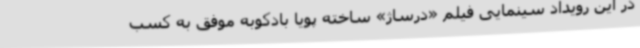
در این رویداد سینمایی فیلم «درساژ» ساخته پویا بادکوبه موفق به کسب